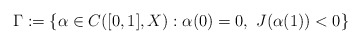
\begin{align*}\Gamma:=\{\alpha\in C([0, 1], X): \alpha(0)=0,\ J(\alpha(1))<0\}\end{align*}